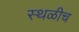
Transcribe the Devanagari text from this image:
स्थळीच